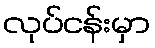
လုပ်ငန်းမှာ